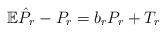
LaTeX: \begin{align*}{\mathbb E}\hat P_r -P_r= b_rP_r+T_r\end{align*}